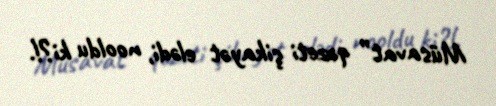
Müsavat” qəzeti şikayət elədi, nooldu ki?!.